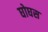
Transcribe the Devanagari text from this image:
घोघस